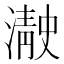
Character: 𰝓